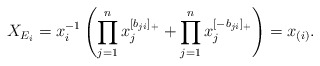
\begin{align*}X_{E_i} = x_i^{-1}\left( \prod_{j = 1}^n x_j^{[b_{ji}]_+} + \prod_{j = 1}^n x_j^{[-b_{ji}]_+} \right) = x_{(i)}.\end{align*}